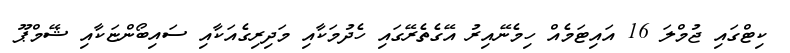
ކިޓްގައި ޖުމްލަ 16 އައިޓަމެއް ހިމެނޭއިރު އޭގެތެރޭގައި ހެދުމަކާއި މަދިރިގެއަކާއި ސައިބޯންޏަކާއި ޝޭމްޕޫ